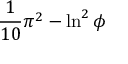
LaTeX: { \frac { 1 } { 1 0 } } \pi ^ { 2 } - \ln ^ { 2 } \phi